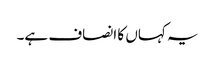
یہ کہاں کا انصاف ہے۔